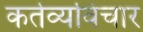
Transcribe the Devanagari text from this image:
कर्तव्यविचार